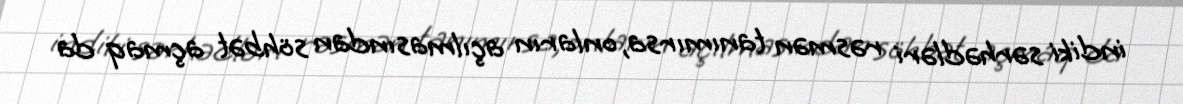
indiki sərhədləri rəsmən tanımırsa, onların açılmasından söhbət açmaq da